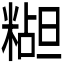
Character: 𬖭